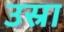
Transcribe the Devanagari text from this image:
उस्रा